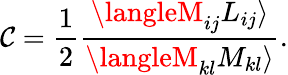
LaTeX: \mathcal{C}=\frac{{1}}{{2}}\frac{{\langleM_{ij}L_{ij}\rangle}}{{\langleM_{kl}M_{kl}\rangle}}.